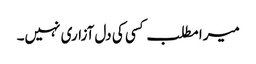
میرا مطلب کسی کی دل آزاری نہیں۔